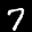
Label: 7